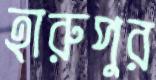
হারুপুর